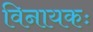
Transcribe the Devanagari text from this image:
विनायकः